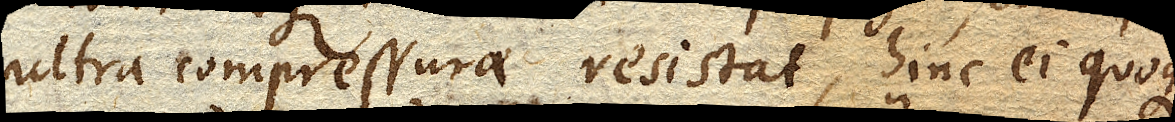
ultra compressurae resistat, hinc ei quoque